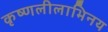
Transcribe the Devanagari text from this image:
कृष्णलीलाभिनय